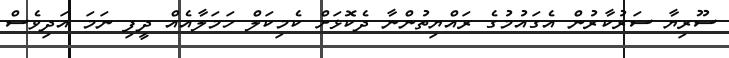
ސޫރިޔާ ސަރުކާރުން އެގައުމުގެ ރައްޔިތުންނާ ދެކޮޅަށް ކެމިކަލް ހަމަލާއެއް ދީފި ނަމަ އަދިވެސް